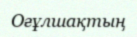
Оғұлшақтың